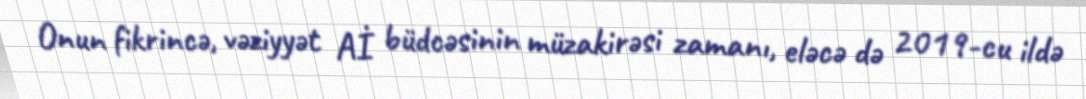
Onun fikrincə, vəziyyət Aİ büdcəsinin müzakirəsi zamanı, eləcə də 2019-cu ildə